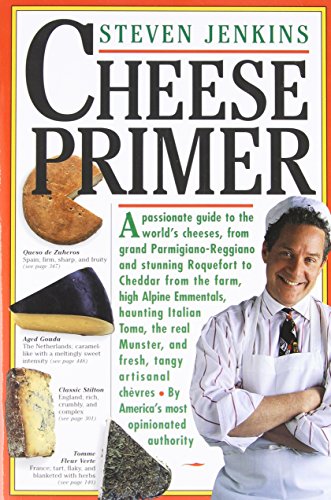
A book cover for Cheese Primer; Steven Jenkins; Cookbooks, Food & Wine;